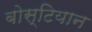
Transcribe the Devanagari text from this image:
बोस्टियान